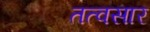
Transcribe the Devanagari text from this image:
तत्वसार